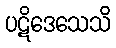
ပဋိဒေသေသိ